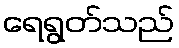
ရေရွတ်သည်